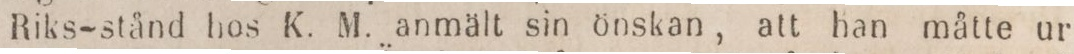
Riks-stånd hos K. M. anmält sin önskan, att han måtte ur